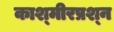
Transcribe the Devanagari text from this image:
काश्‍मीरप्रश्‍न